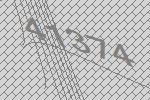
41374